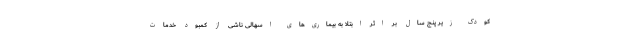
کودک زیر پنج سال بر اثر ابتلا به بیماری‌های اسهالی ناشی از کمبود خدمات